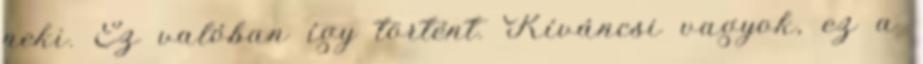
neki. Ez valóban így történt. Kíváncsi vagyok, ez a